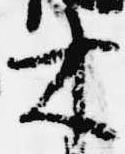
木